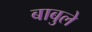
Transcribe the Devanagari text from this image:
बाबुले